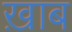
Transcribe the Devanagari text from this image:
ख़ाब